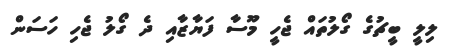
ލިލީ ބީޗުގެ ގޯލުތައް ޖެހީ މޫސާ ފަޔާޒާއި ދެ ގޯލު ޖެހި ހަސަން